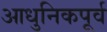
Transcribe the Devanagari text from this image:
आधुनिकपूर्व